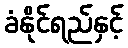
ခံနိုင်ရည်နှင့်